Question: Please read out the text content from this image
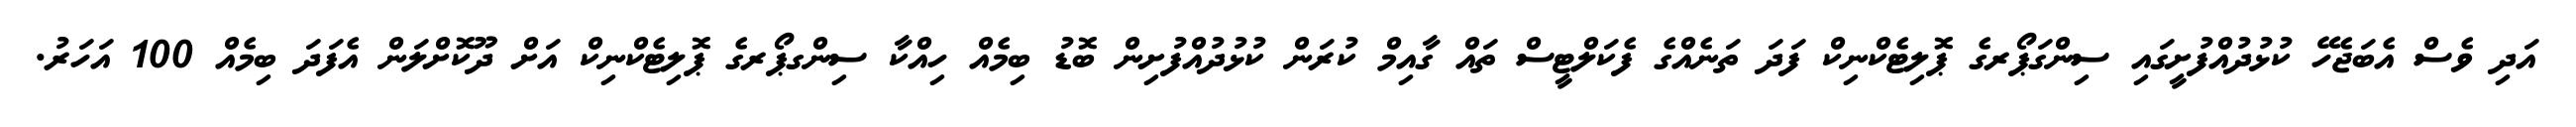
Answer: އަދި ވެސް އެބަޖެހޭ ކުޅުދުއްފުށީގައި ސިންގަޕޯރގެ ޕޮލިޓެކްނިކް ފަދަ ތަނެއްގެ ފެކަލްޓީސް ތައް ގާއިމް ކުރަން ކުޅުދުއްފުށިން ބޮޑު ބިމެއް ހިއްކާ ސިންގޕޯރގެ ޕޮލިޓެކްނިކް އަށް ދޫކޮށްލަން އެފަދަ ބިމެއް 100 އަހަރު.